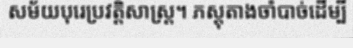
សម័យបុរេប្រវត្តិសាស្ត្រ។ ភស្តុតាងចាំបាច់ដើម្បី